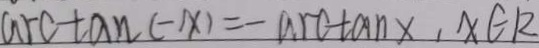
\arctan ( - x ) = - \arctan x , x \in R